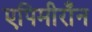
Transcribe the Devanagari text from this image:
एपिमीराँन